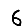
Digit: 6